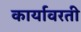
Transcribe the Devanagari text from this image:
कार्यावरती